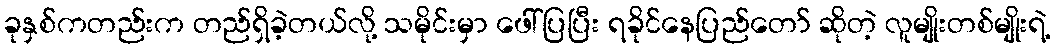
ခုနှစ်ကတည်းက တည်ရှိခဲ့တယ်လို့ သမိုင်းမှာ ဖေါ်ပြပြီး ရခိုင်နေပြည်တော် ဆိုတဲ့ လူမျိုးတစ်မျိုးရဲ့